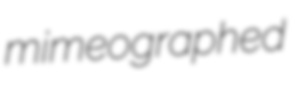
mimeographed